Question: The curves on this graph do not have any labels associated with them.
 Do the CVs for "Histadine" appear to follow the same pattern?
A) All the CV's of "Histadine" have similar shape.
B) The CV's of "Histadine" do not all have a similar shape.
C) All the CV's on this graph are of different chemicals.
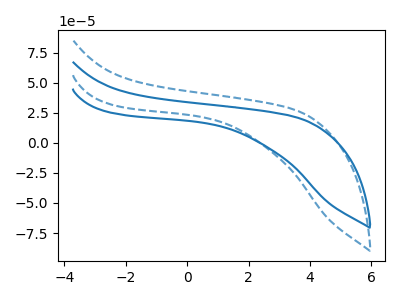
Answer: <think>The blue curve "blue" has no peaks. The blue dashed curve "blue dashed" has no peaks.
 Neither "blue" or "blue dashed" have any peaks.</think>
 <answer>A) All the CV's of "Histadine" have similar shape.</answer>
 <eval>A</eval>